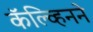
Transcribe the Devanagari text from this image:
कॅल्व्हिनने